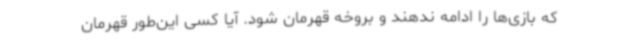
که بازی‌ها را ادامه ندهند و بروخه قهرمان شود. آیا کسی این‌طور قهرمان